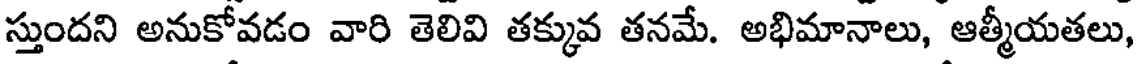
స్తుందని అనుకోవడం వారి తెలివి తక్కువ తనమే. అభిమానాలు, ఆత్మీయతలు,